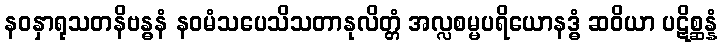
နဝနှာရုသတနိဗန္ဓနံ နဝမံသပေသိသတာနုလိတ္တံ အလ္လစမ္မပရိယောနဒ္ဓံ ဆဝိယာ ပဋိစ္ဆန္နံ